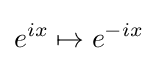
e^{ix}\mapsto e^{-ix}